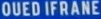
QUEDIFRANE